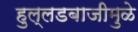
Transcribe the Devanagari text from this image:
हुल्लडबाजीमुळे